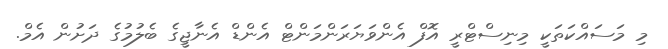
މި މަސައްކަތަކީ މިނިސްޓްރީ އޮފް އެންވަޔަރަންމަންޓް އެންޑް އެނާޖީގެ ބެލުމުގެ ދަށުން އެމް.